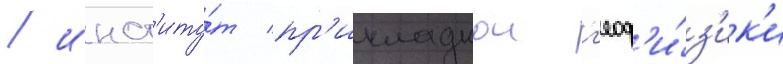
/ инст'иту́т пр'икладнои г'еоф'и́з'ик'и